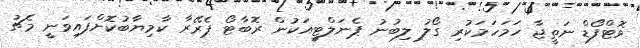
ވޮޓްފޯޑް ނަތީޖާ ހަމަހަމަކުރި ގޯލު ލިބުނު ޕެނަލްޓީއަކުން ރޮބާޓޯ ޕެރޭރާ ކާމިޔާބުކޮށްފައިވަނީ މެޗު